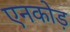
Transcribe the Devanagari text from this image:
एनकोड़